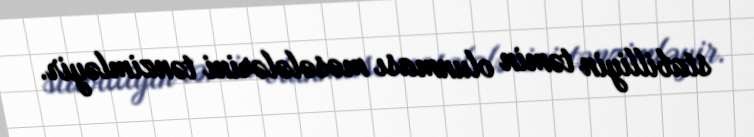
stabilliyin təmin olunması məsələlərini tənzimləyir.